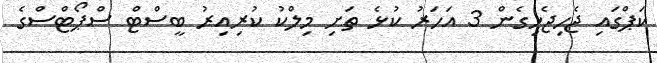
ކަޕްގައި ޖެހިޖެހިގެން 3 އަހަރު ކުޅެ ތަށި މިލްކު ކުރިއިރު ބީސްޓް ސްޕޯޓްސްގެ